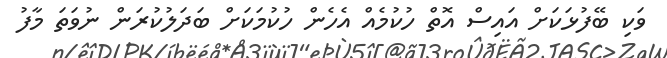
ވަކި ބޭފުޅަކަށް އައިސް އޮތް ހުކުމެއް އެހެން ހުކުމަކަށް ބަދަލުކުރަން ނުވަތަ މާފު